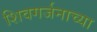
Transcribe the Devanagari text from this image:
शिवगर्जनाच्या